Scientific memoirs by medical officers of the Army of India - Part X,
Year: 1897
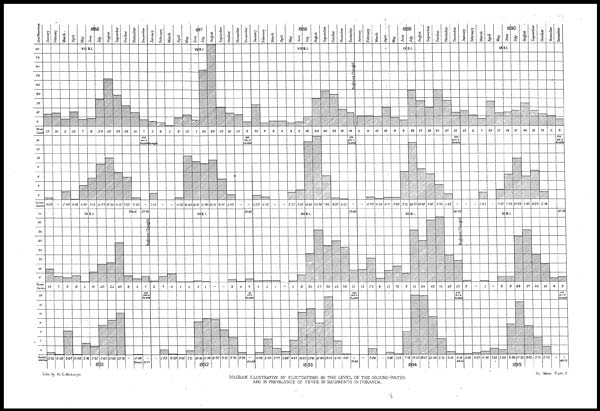
Sc. Mem Part X.
Lith by A. C.Mukerjei.
DIAGRAM ILLUSTRATIVE OF FLUCTUATIONS IN THE LEVEL OF THE GROUND—WATER
AND IN PREVALENCE OF FEVER IN REGIMENTS IN DORANDA.